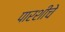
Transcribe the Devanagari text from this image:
पारशीचे